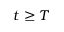
t \geq T